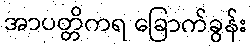
အာပတ္တိကရ ခြောက်ခွန်း